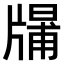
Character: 𤗱